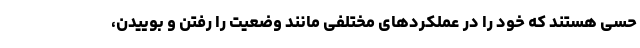
حسی هستند که خود را در عملکردهای مختلفی مانند وضعیت را رفتن و بوییدن،